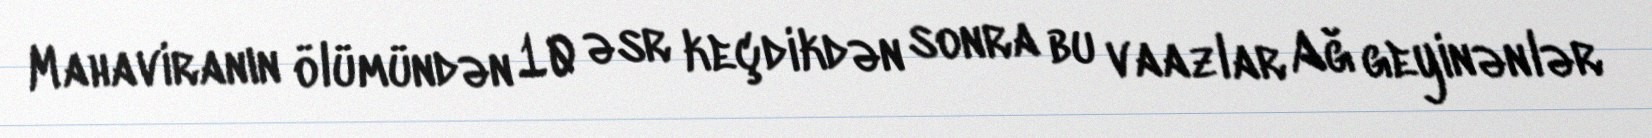
Mahaviranın ölümündən 10 əsr keçdikdən sonra bu vaazlar Ağ geyinənlər